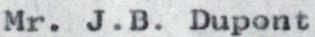
Mr. J.B. Dupont